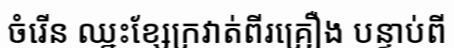
ចំរើន ឈ្នះខ្សែក្រវាត់ពីរគ្រឿង បន្ទាប់ពី